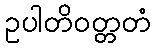
ဥပါတိဝတ္တတံ